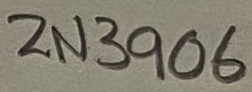
Text: 2N3906